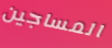
المساجين